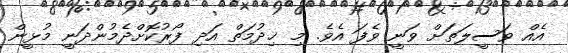
އެއް ވަސީލަތަށް ވަނީ ވެފަ އެވެ. މި ޚިދުމަތް އަދި ފޯރުކޮށްދެމުންދަނީ މުޅީން